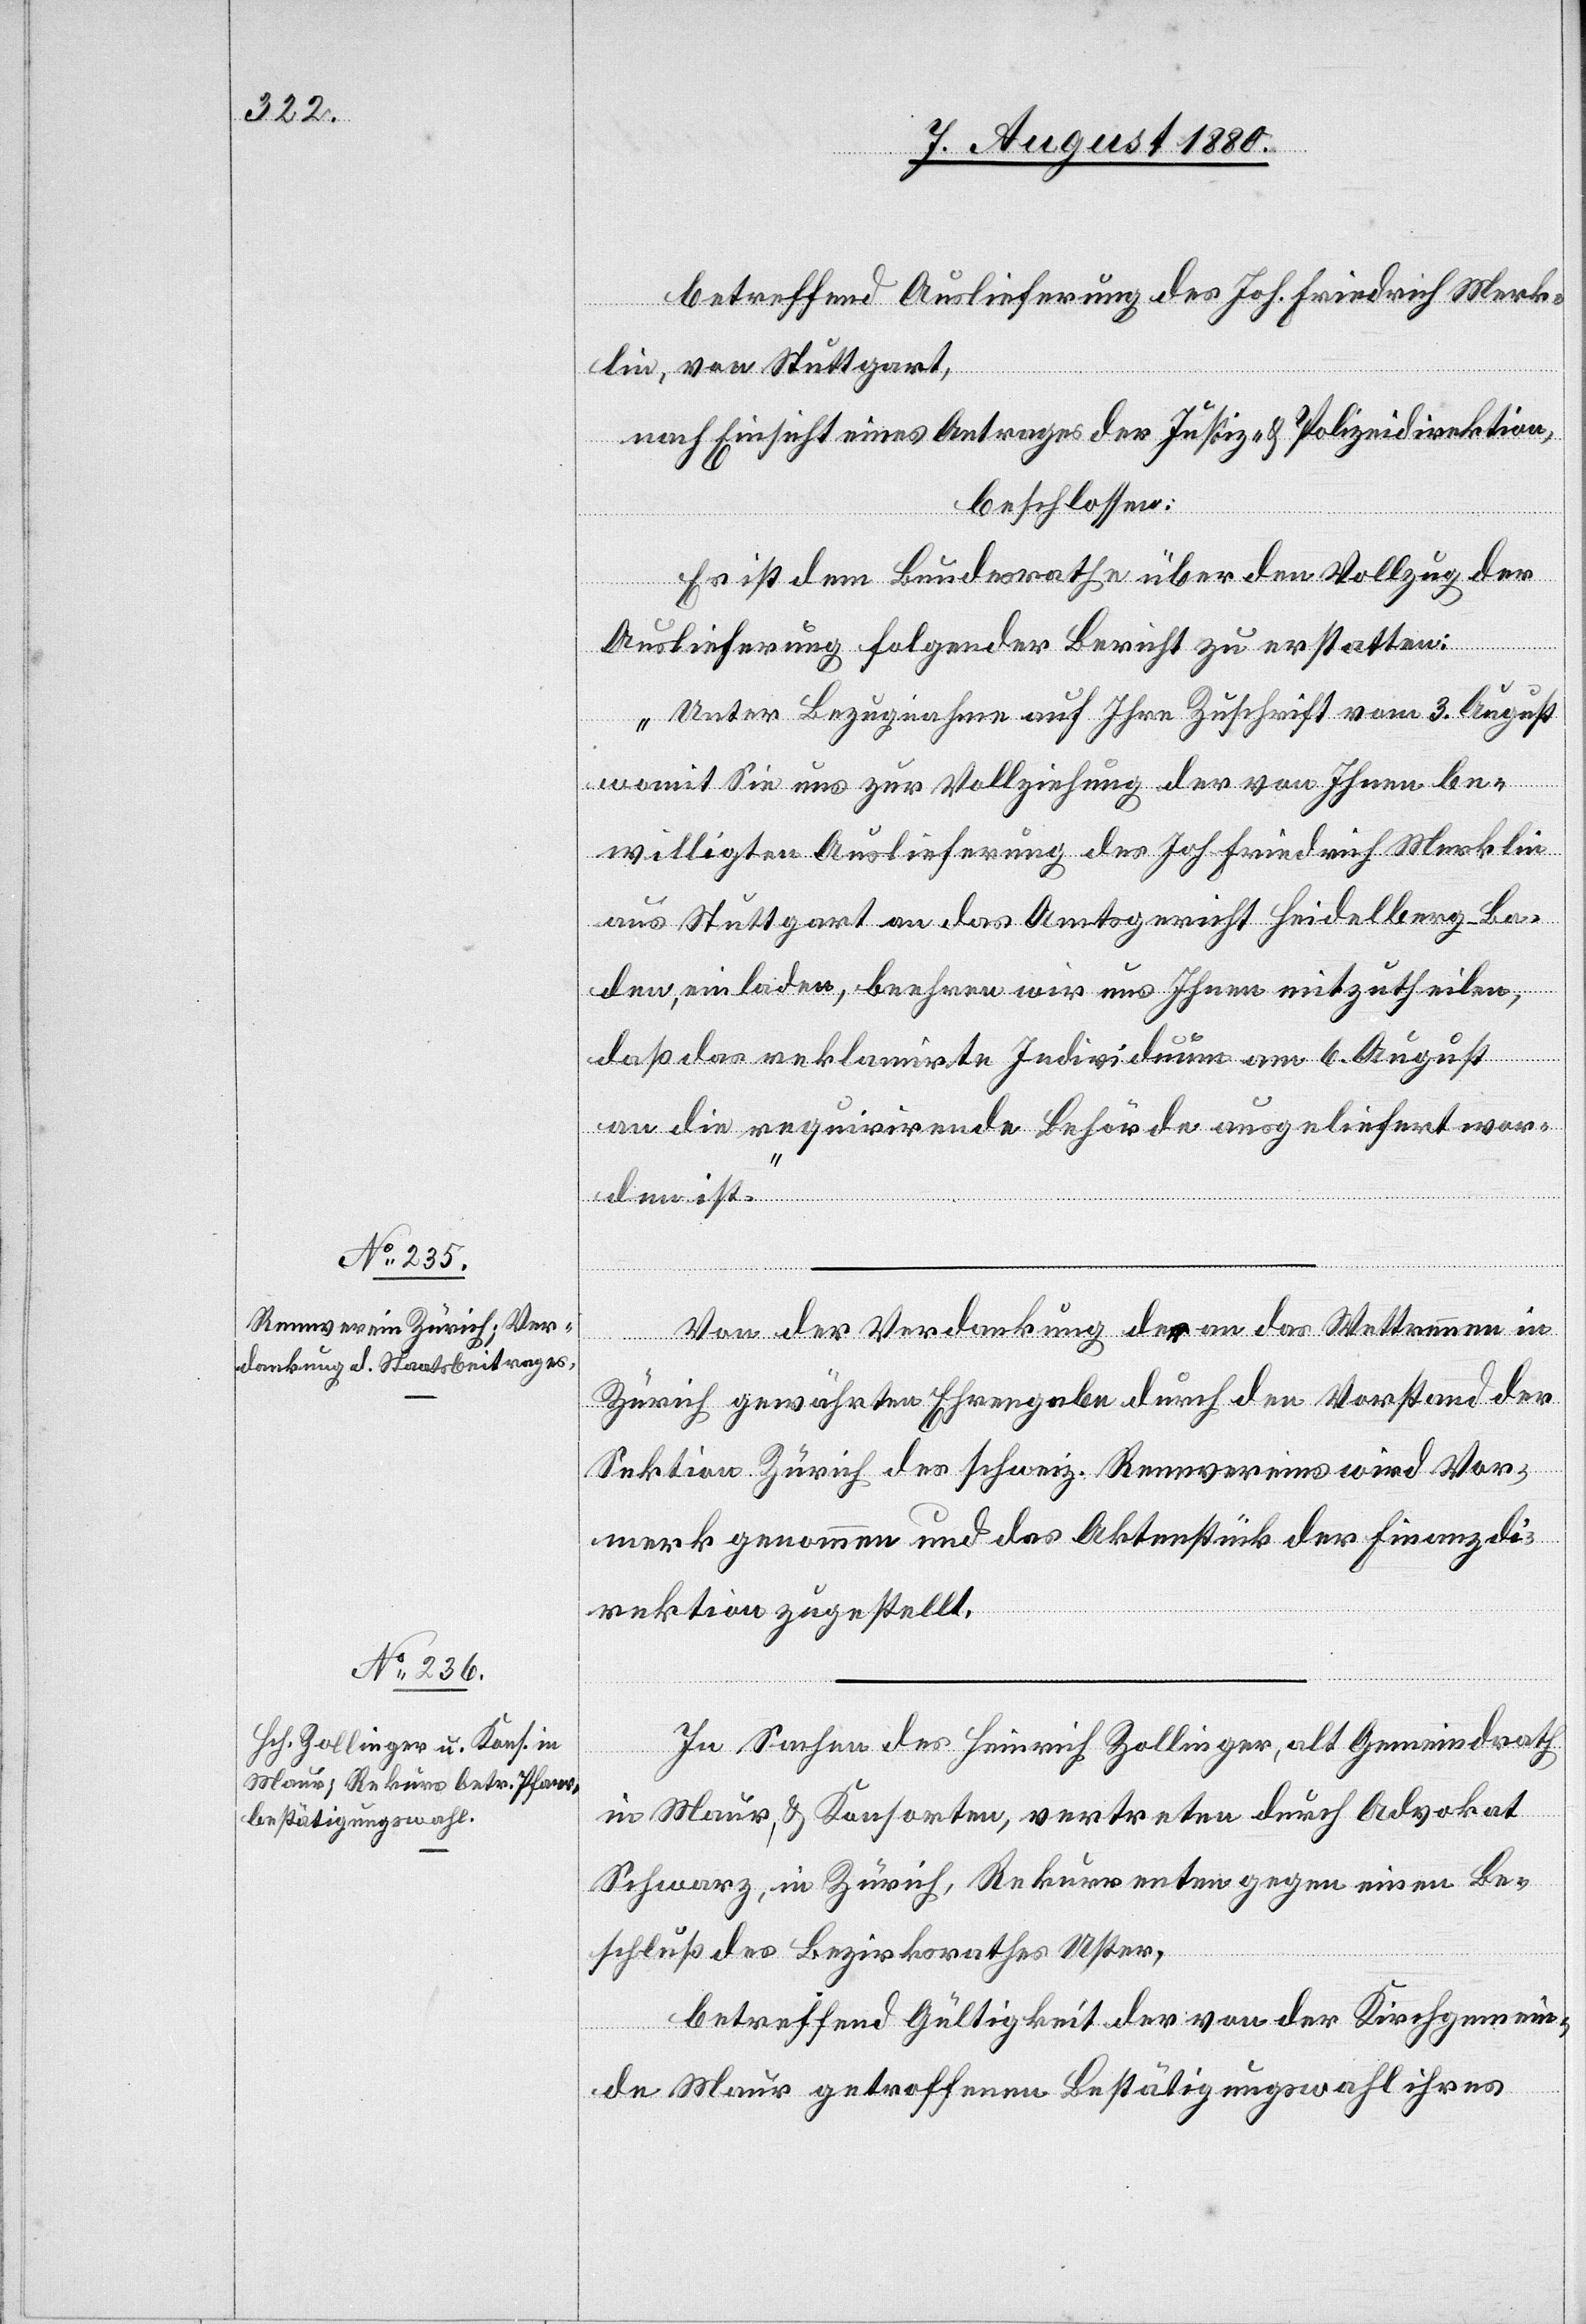
betreffend Auslieferung des Joh. Friedrich Merk¬
lin, von Stuttgart,
nach Einsicht eines Antrages der Justiz- & Polizeidirektion,
beschlossen:
Es ist dem Bundesrathe über den Vollzug der
Auslieferung folgender Bericht zu erstatten:
„Unter Bezugnahme auf Ihre Zuschrift vom 3. August
womit Sie uns zur Vollziehung der von Ihnen be¬
willigten Auslieferung des Joh. Friedrich Merklin
aus Stuttgart an das Amtsgericht Heidelberg - Ba¬
den, einladen, beehren wir uns Ihnen mitzutheilen,
daß das reklamirte Individuum am 6. August
an die requirirende Behörde ausgeliefert wor¬
den ist.“
Von der Verdankung der an das Wettrennen in
Zürich gewährten Ehrengabe durch den Vorstand der
Sektion Zürich des schweiz. Rennvereins wird Vor¬
merk genommen und das Aktenstück der Finanzdi¬
rektion zugestellt.